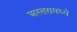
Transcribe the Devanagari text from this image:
अस्तरामध्ये